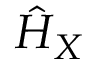
\hat { H } _ { X }